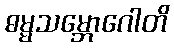
ဓမ္မသမ္ဘောဂေါတိ